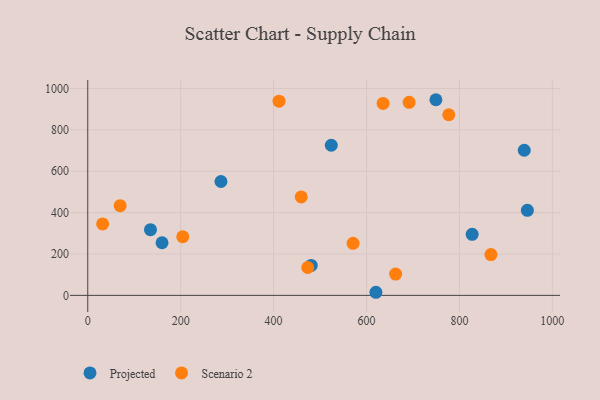
{"axis": {"x": "Study Hours", "y": "Profit"}, "legend": ["Projected", "Scenario 2"], "data": [{"x": "524.2", "y": 725.6, "type": "Projected"}, {"x": "286.7", "y": 550.3, "type": "Projected"}, {"x": "939.6", "y": 701.3, "type": "Projected"}, {"x": "135.0", "y": 317.3, "type": "Projected"}, {"x": "159.9", "y": 254.2, "type": "Projected"}, {"x": "749.4", "y": 945.6, "type": "Projected"}, {"x": "620.3", "y": 14.9, "type": "Projected"}, {"x": "946.3", "y": 411.1, "type": "Projected"}, {"x": "481.0", "y": 144.9, "type": "Projected"}, {"x": "827.5", "y": 295.2, "type": "Projected"}, {"x": "662.7", "y": 103.1, "type": "Scenario 2"}, {"x": "691.8", "y": 933.0, "type": "Scenario 2"}, {"x": "777.1", "y": 872.9, "type": "Scenario 2"}, {"x": "204.5", "y": 283.4, "type": "Scenario 2"}, {"x": "635.7", "y": 927.7, "type": "Scenario 2"}, {"x": "32.0", "y": 345.3, "type": "Scenario 2"}, {"x": "411.7", "y": 938.8, "type": "Scenario 2"}, {"x": "473.5", "y": 134.7, "type": "Scenario 2"}, {"x": "571.1", "y": 251.7, "type": "Scenario 2"}, {"x": "459.5", "y": 475.9, "type": "Scenario 2"}, {"x": "867.8", "y": 197.3, "type": "Scenario 2"}, {"x": "69.7", "y": 433.4, "type": "Scenario 2"}]}